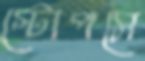
স্টোপসে